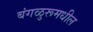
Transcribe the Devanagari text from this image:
बंगळुरूमधील